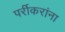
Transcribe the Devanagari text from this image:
पर्रीकरांना